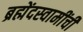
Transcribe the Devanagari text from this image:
ब्रह्मेंदस्वामींची